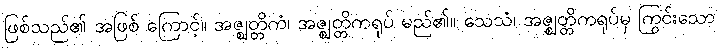
ဖြစ်သည်၏ အဖြစ် ကြောင့်။ အဇ္ဈတ္တိကံ၊ အဇ္ဈတ္တိကရုပ် မည်၏။ သေသံ၊ အဇ္ဈတ္တိကရုပ်မှ ကြွင်းသော